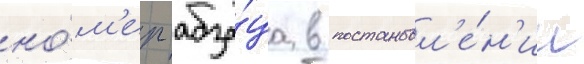
но́м'ер абза́ца в постановл'е́н'ии